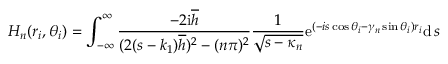
H _ { n } ( r _ { i } , \theta _ { i } ) = \int _ { - \infty } ^ { \infty } \frac { - 2 \mathrm { i } \overline { { h } } } { ( 2 ( s - k _ { 1 } ) \overline { { h } } ) ^ { 2 } - ( n \pi ) ^ { 2 } } \frac { 1 } { \sqrt { s - \kappa _ { n } } } \mathrm { e } ^ { ( - i s \cos \theta _ { i } - \gamma _ { n } \sin \theta _ { i } ) r _ { i } } \mathrm { d } \, s